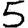
Digit: 5